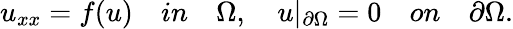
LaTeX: u_{xx}=f(u)\quad in\quad\Omega,\quad u|_{\partial{\Omega}}=0\quad on\quad\partial\Omega.